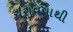
ચરાવવાથી